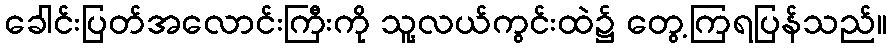
ခေါင်းပြတ်အလောင်းကြီးကို သူ့လယ်ကွင်းထဲ၌ တွေ့ကြရပြန်သည်။